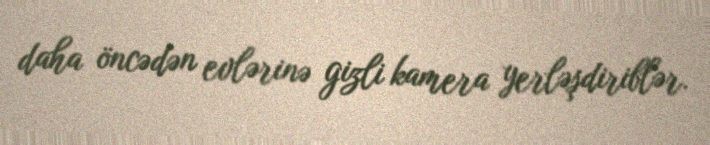
daha öncədən evlərinə gizli kamera yerləşdiriblər.